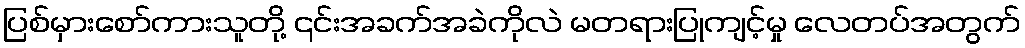
ပြစ်မှားစော်ကားသူတို့ ၎င်းအခက်အခဲကိုလဲ မတရားပြုကျင့်မှု လေတပ်အတွက်